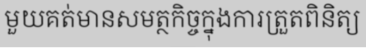
មួយគត់មានសមត្ថកិច្ចក្នុងការត្រួតពិនិត្យ